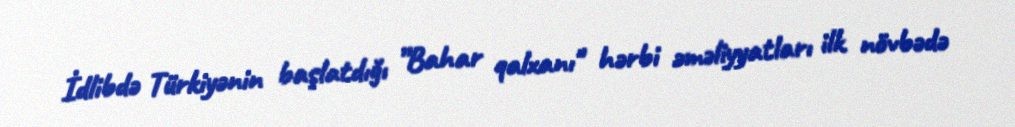
İdlibdə Türkiyənin başlatdığı ”Bahar qalxanı" hərbi əməliyyatları ilk növbədə